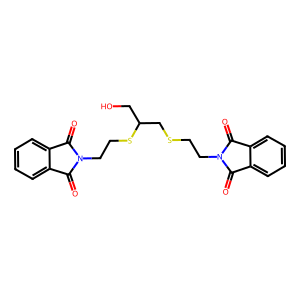
SMILES: O=C1c2ccccc2C(=O)N1CCSCC(CO)SCCN1C(=O)c2ccccc2C1=O
Inhibits HIV replication: No